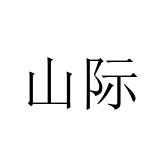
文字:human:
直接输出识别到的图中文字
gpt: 山际